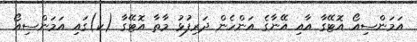
އަމަންސިއޯ އޮޓޭގާ އާއި އޭނާގެ އަންހެން ދަރިފުޅު މާތާ އޮޓޭގާ (ކ)ގައި އަމަންސިއޯ